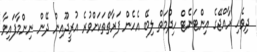
ދިވެހި ރާއްޖޭގެ އިންޓަނެޓް ހިދުމަތް ލިބޭ އެހެން ފަރާތްތަކަށްވުރެ އުރީދޫއިން ދޭން ނިންމާފައިވާ